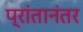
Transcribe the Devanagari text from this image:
प्रांतानंतर